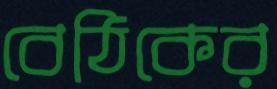
বেঠিকের